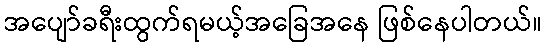
အပျော်ခရီးထွက်ရမယ့်အခြေအနေ ဖြစ်နေပါတယ်။